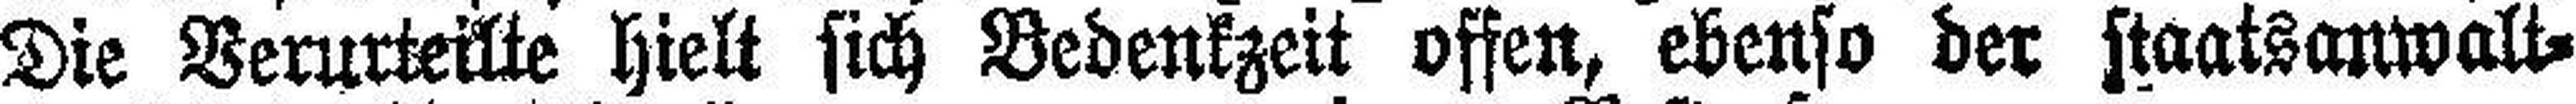
Die Verurteilte hielt sich Bedenkzeit offen, ebenso der staatsanwalt¬